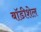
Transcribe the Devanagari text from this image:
बॉडीशेल